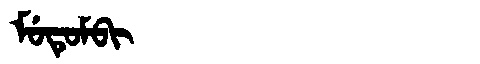
Manchu: ᠮᡠᡨᡠᠮᠪᡳ
Romanization: MUTUMBI